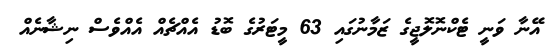
އޭނާ ވަނީ ޓެކްނޮލޮޖީގެ ޒަމާނުގައި 63 މީޓަރުގެ ބޮޑު އެއްޗެއް އެއްވެސް ނިޝާނެއް